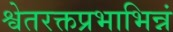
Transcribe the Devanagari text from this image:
श्वेतरक्तप्रभाभिन्नं